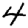
Digit: 4